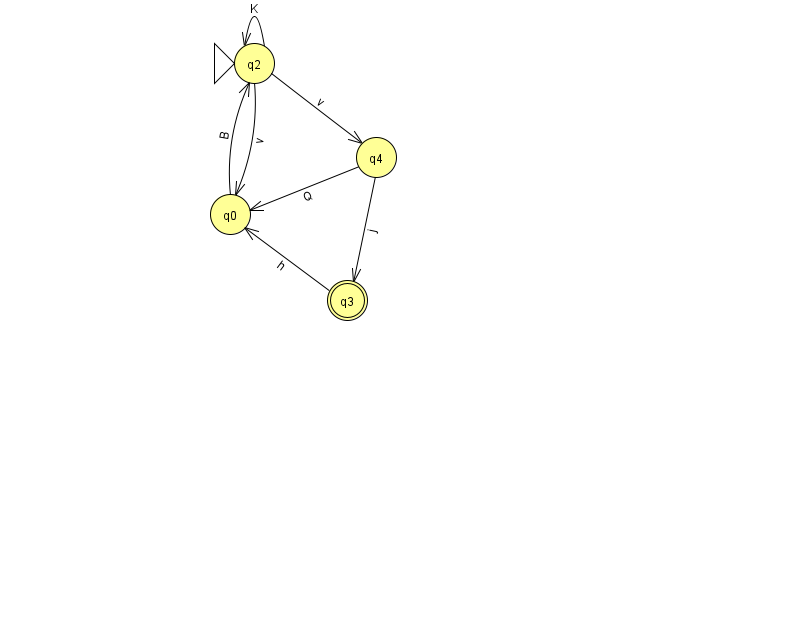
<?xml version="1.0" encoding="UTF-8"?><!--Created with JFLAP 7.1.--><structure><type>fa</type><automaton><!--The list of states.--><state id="0" name="q0"><x>230.0</x><y>201.0</y></state><state id="2" name="q2"><x>254.0</x><y>50.0</y><initial/></state><state id="3" name="q3"><x>347.0</x><y>287.0</y><final/></state><state id="4" name="q4"><x>376.0</x><y>144.0</y></state><!--The list of transitions.--><transition><from>0</from><to>2</to><read>B</read></transition><transition><from>3</from><to>0</to><read>h</read></transition><transition><from>2</from><to>0</to><read>v</read></transition><transition><from>4</from><to>0</to><read>Q</read></transition><transition><from>2</from><to>2</to><read>K</read></transition><transition><from>4</from><to>3</to><read>j</read></transition><transition><from>2</from><to>4</to><read>v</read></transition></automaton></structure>